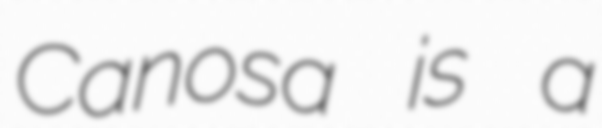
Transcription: Canosa is a